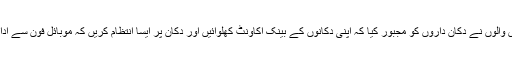
وہاں کے ٹیکس والوں نے دکان داروں کو مجبور کیا کہ اپنی دکانوں کے بینک اکاؤنٹ کھلوائیں اور دکان پر ایسا انتظام کریں کہ موبائل فون سے ادائیگی ہو سکے۔